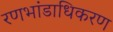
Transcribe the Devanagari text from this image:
रणभांडाधिकरण